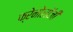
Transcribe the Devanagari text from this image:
फ्रेनोलॉजी